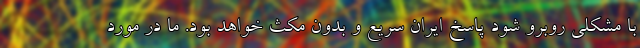
با مشکلی روبرو شود پاسخ ایران سریع و بدون مکث خواهد بود. ما در مورد